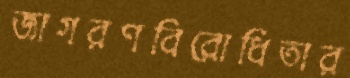
জাগরণবিরোধিতার